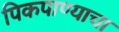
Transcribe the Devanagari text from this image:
पिकपाण्याचा